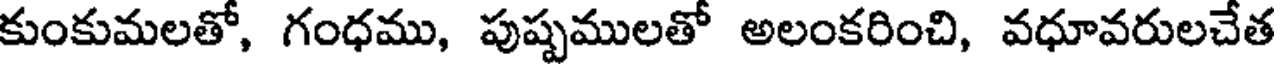
కుంకుమలతో, గంధము, పుష్పములతో అలంకరించి, వధూవరులచేత